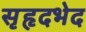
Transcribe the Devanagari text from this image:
सृहृदभेद